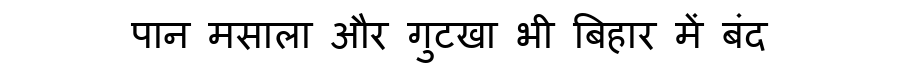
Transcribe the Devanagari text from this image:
पान मसाला और गुटखा भी बिहार में बंद